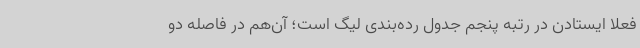
فعلا ایستادن در رتبه پنجم جدول رده‌بندی لیگ است؛ آن‌هم در فاصله دو